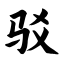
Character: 驳